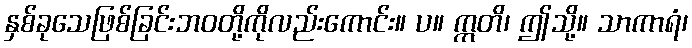
နှစ်ခုသေဖြစ်ခြင်းဘဝတို့ကိုလည်းကောင်း။ ပ။ ဣတိ၊ ဤသို့။ သာကာရံ၊